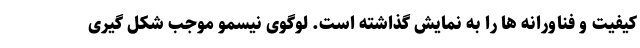
کیفیت و فناورانه ها را به نمایش گذاشته است. لوگوی نیسمو موجب شکل گیری